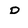
Character: D